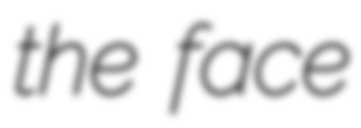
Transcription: the face